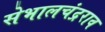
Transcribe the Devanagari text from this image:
सेभालचंद्रराव